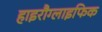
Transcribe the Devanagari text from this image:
हाइरौग्लाइफिक